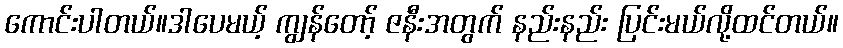
ကောင်းပါတယ်။ဒါပေမယ့် ကျွန်တော့် ဇနီးအတွက် နည်းနည်း ပြင်းမယ်လို့ထင်တယ်။